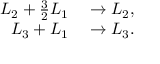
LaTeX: \begin{array} { r l } { L _ { 2 } + { \frac { 3 } { 2 } } L _ { 1 } } & { { } \to L _ { 2 } , } \\ { L _ { 3 } + L _ { 1 } } & { { } \to L _ { 3 } . } \end{array}